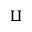
\amalg